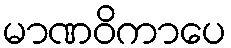
မာဏဝိကာပေ